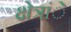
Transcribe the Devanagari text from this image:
क्षेत्रांे